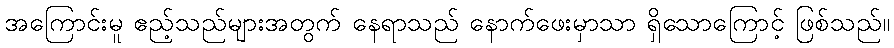
အကြောင်းမူ ဧည့်သည်များအတွက် နေရာသည် နောက်ဖေးမှာသာ ရှိသောကြောင့် ဖြစ်သည်။